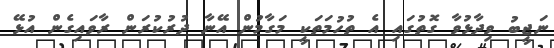
ނަޖީބު ވިދާޅުވާ ގޮތުގައި އެ ތުހުމަތަކީ މަގާމުން އޭނާ ދުރުކުރަން ރާވައިގެން އުޅޭ